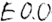
Text: E0.0